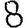
Digit: 8